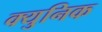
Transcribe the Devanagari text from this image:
क्युनिक